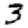
Digit: 3